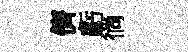
儕虧徜